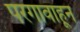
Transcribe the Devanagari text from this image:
परगावाहून